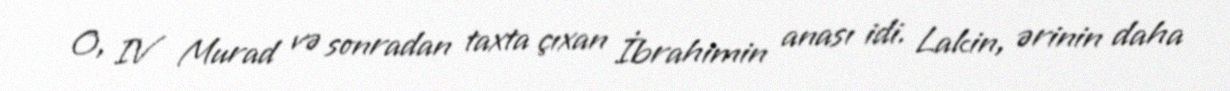
O, IV Murad və sonradan taxta çıxan İbrahimin anası idi. Lakin, ərinin daha